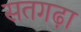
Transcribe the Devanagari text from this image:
सतगढ़ा